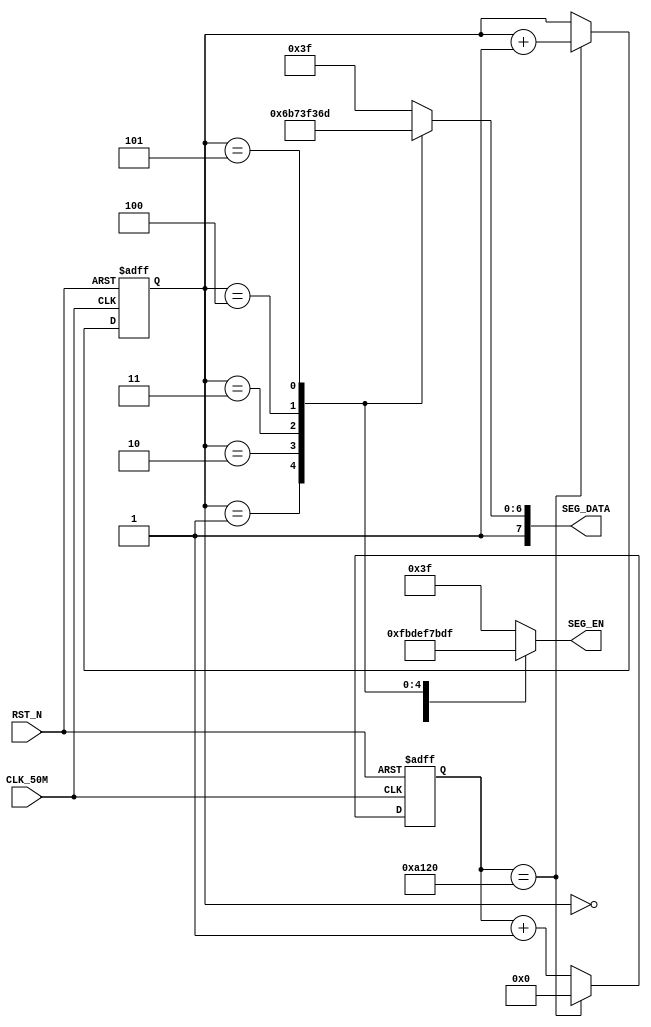
module Example_Segled
(  
   //输入端口 
   CLK_50M,RST_N,
   //输出端口
   SEG_DATA,SEG_EN
);
   
input                CLK_50M;          //时钟的端口,开发板用的50M晶振
input                RST_N;            //复位的端口,低电平复位
output reg  [ 5:0]   SEG_EN;           //数码管使能端口
output reg  [ 7:0]   SEG_DATA;         //数码管数据端口(查看管脚分配文档或者原理图)

reg         [15:0]   time_cnt;         //用来控制数码管闪烁频率的定时计数器
reg         [15:0]   time_cnt_n;       //time_cnt的下一个状态
reg         [ 2:0]   led_cnt;          //用来控制数码管亮灭及显示数据的显示计数器
reg         [ 2:0]   led_cnt_n;        //led_cnt的下一个状态

//设置定时器的时间为10ms,计算方法为  (10*10^3)us / (1/50)us  50MHz为开发板晶振
parameter SET_TIME_10MS = 16'd500_000;      

//时序电路,用来给time_cnt寄存器赋值
always @ (posedge CLK_50M or negedge RST_N)  
begin
   if(!RST_N)                          //判断复位
      time_cnt <= 16'h0;               //初始化time_cnt值
   else
      time_cnt <= time_cnt_n;          //用来给time_cnt赋值
end

//组合电路,实现10ms的定时计数器
always @ (*)  
begin
   if(time_cnt == SET_TIME_10MS)       //判断10ms时间
      time_cnt_n = 16'h0;              //如果到达10ms,定时计数器将会被清零
   else
      time_cnt_n = time_cnt + 27'h1;   //如果未到10ms,定时计数器将会继续累加
end

//时序电路,用来给led_cnt寄存器赋值
always @ (posedge CLK_50M or negedge RST_N)  
begin
   if(!RST_N)                          //判断复位
      led_cnt <= 3'h0;                 //初始化led_cnt值
   else
      led_cnt <= led_cnt_n;            //用来给led_cnt赋值
end

//组合电路,判断时间，实现控制显示计数器累加
always @ (*)  
begin
   if(time_cnt == SET_TIME_10MS)       //判断10ms时间   
      led_cnt_n = led_cnt + 1'h1;      //如果到达10ms,计数器进行累加
   else
      led_cnt_n = led_cnt;             //如果未到10ms,计数器保持不变
end

//组合电路,实现数码管的数字显示
always @ (*)
begin
   case (led_cnt)  
      3'b000 : SEG_DATA = 8'b10111111; //当计数器为0时,数码管将会显示 "0"
      3'b001 : SEG_DATA = 8'b10000110; //当计数器为1时,数码管将会显示 "1"
      3'b010 : SEG_DATA = 8'b11011011; //当计数器为2时,数码管将会显示 "2"
      3'b011 : SEG_DATA = 8'b11001111; //当计数器为3时,数码管将会显示 "3"
      3'b100 : SEG_DATA = 8'b11100110; //当计数器为4时,数码管将会显示 "4"
      3'b101 : SEG_DATA = 8'b11101101; //当计数器为5时,数码管将会显示 "5" 
      default: SEG_DATA = 8'b10111111; 
   endcase  
end

//组合电路,控制数码管亮灭
always @ (*)
begin
   case (led_cnt)  
      3'b000 : SEG_EN = 6'b111110;     //当计数器为0时,数码管SEG1显示
      3'b001 : SEG_EN = 6'b111101;     //当计数器为1时,数码管SEG2显示
      3'b010 : SEG_EN = 6'b111011;     //当计数器为2时,数码管SEG3显示
      3'b011 : SEG_EN = 6'b110111;     //当计数器为3时,数码管SEG4显示
      3'b100 : SEG_EN = 6'b101111;     //当计数器为4时,数码管SEG5显示
      3'b101 : SEG_EN = 6'b011111;     //当计数器为5时,数码管SEG6显示    
      default: SEG_EN = 6'b111111;        
   endcase  
end
endmodule